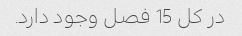
در کل 15 فصل وجود دارد.